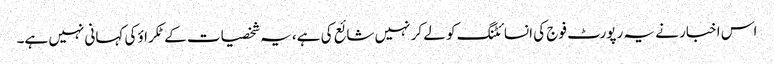
اس اخبار نے یہ رپورٹ فوج کی انسائٹنگ کو لے کر نہیں شائع کی ہے، یہ شخصیات کے ٹکراؤ کی کہانی نہیں ہے۔